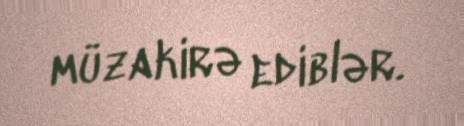
müzakirə ediblər.